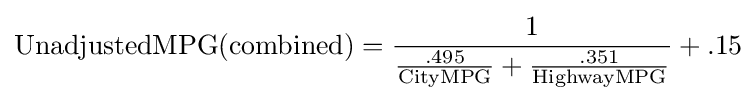
\mathrm {UnadjustedMPG(combined)} ={\frac {\mathrm {1} }{\mathrm {{\frac {\mathrm {.495} }{\mathrm {CityMPG} }}+{\frac {\mathrm {.351} }{\mathrm {HighwayMPG} }}} }}+.15